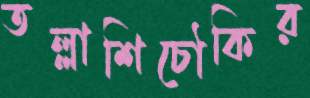
তল্লাশিচৌকির